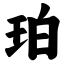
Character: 珀